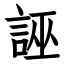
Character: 誣